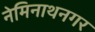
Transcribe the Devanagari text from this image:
नेमिनाथनगर